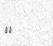
٦٤